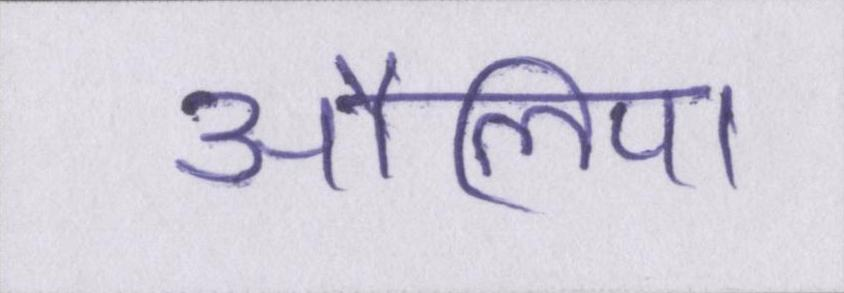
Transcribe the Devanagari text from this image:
औलिया